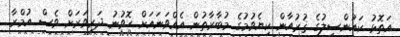
އަތޮޅު ކައުންސިލުގެ ޤުރުއާން ކިޔެވުމުގެ މުބާރާތުން އެއްވަނައަށް ހޮވުނު ދަރިވަރަށް ވެސް އުމްރާ